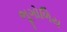
ભૂગોળિય